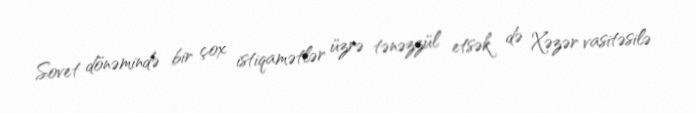
Sovet dönəmində bir çox istiqamətlər üzrə tənəzzül etsək də Xəzər vasitəsilə